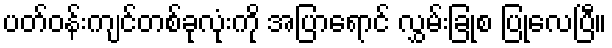
ပတ်ဝန်းကျင်တစ်ခုလုံးကို အပြာရောင် လွှမ်းခြုံစ ပြုလေပြီ။